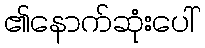
၏နောက်ဆုံးပေါ်